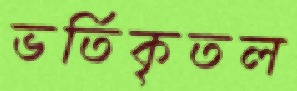
ভর্তিকৃতল